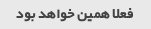
فعلا همین خواهد بود